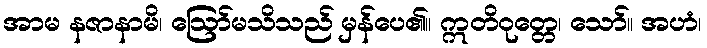
အာမ နဇာနာမိ၊ ဩော်မသိသည် မှန်ပေ၏။ ဣတိဝုတ္တေ၊ သော်။ အဟံ၊